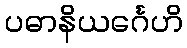
ပဓာနိယင်္ဂေဟိ